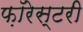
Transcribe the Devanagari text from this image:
फ़ॉरेस्टरी